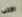
اكتب